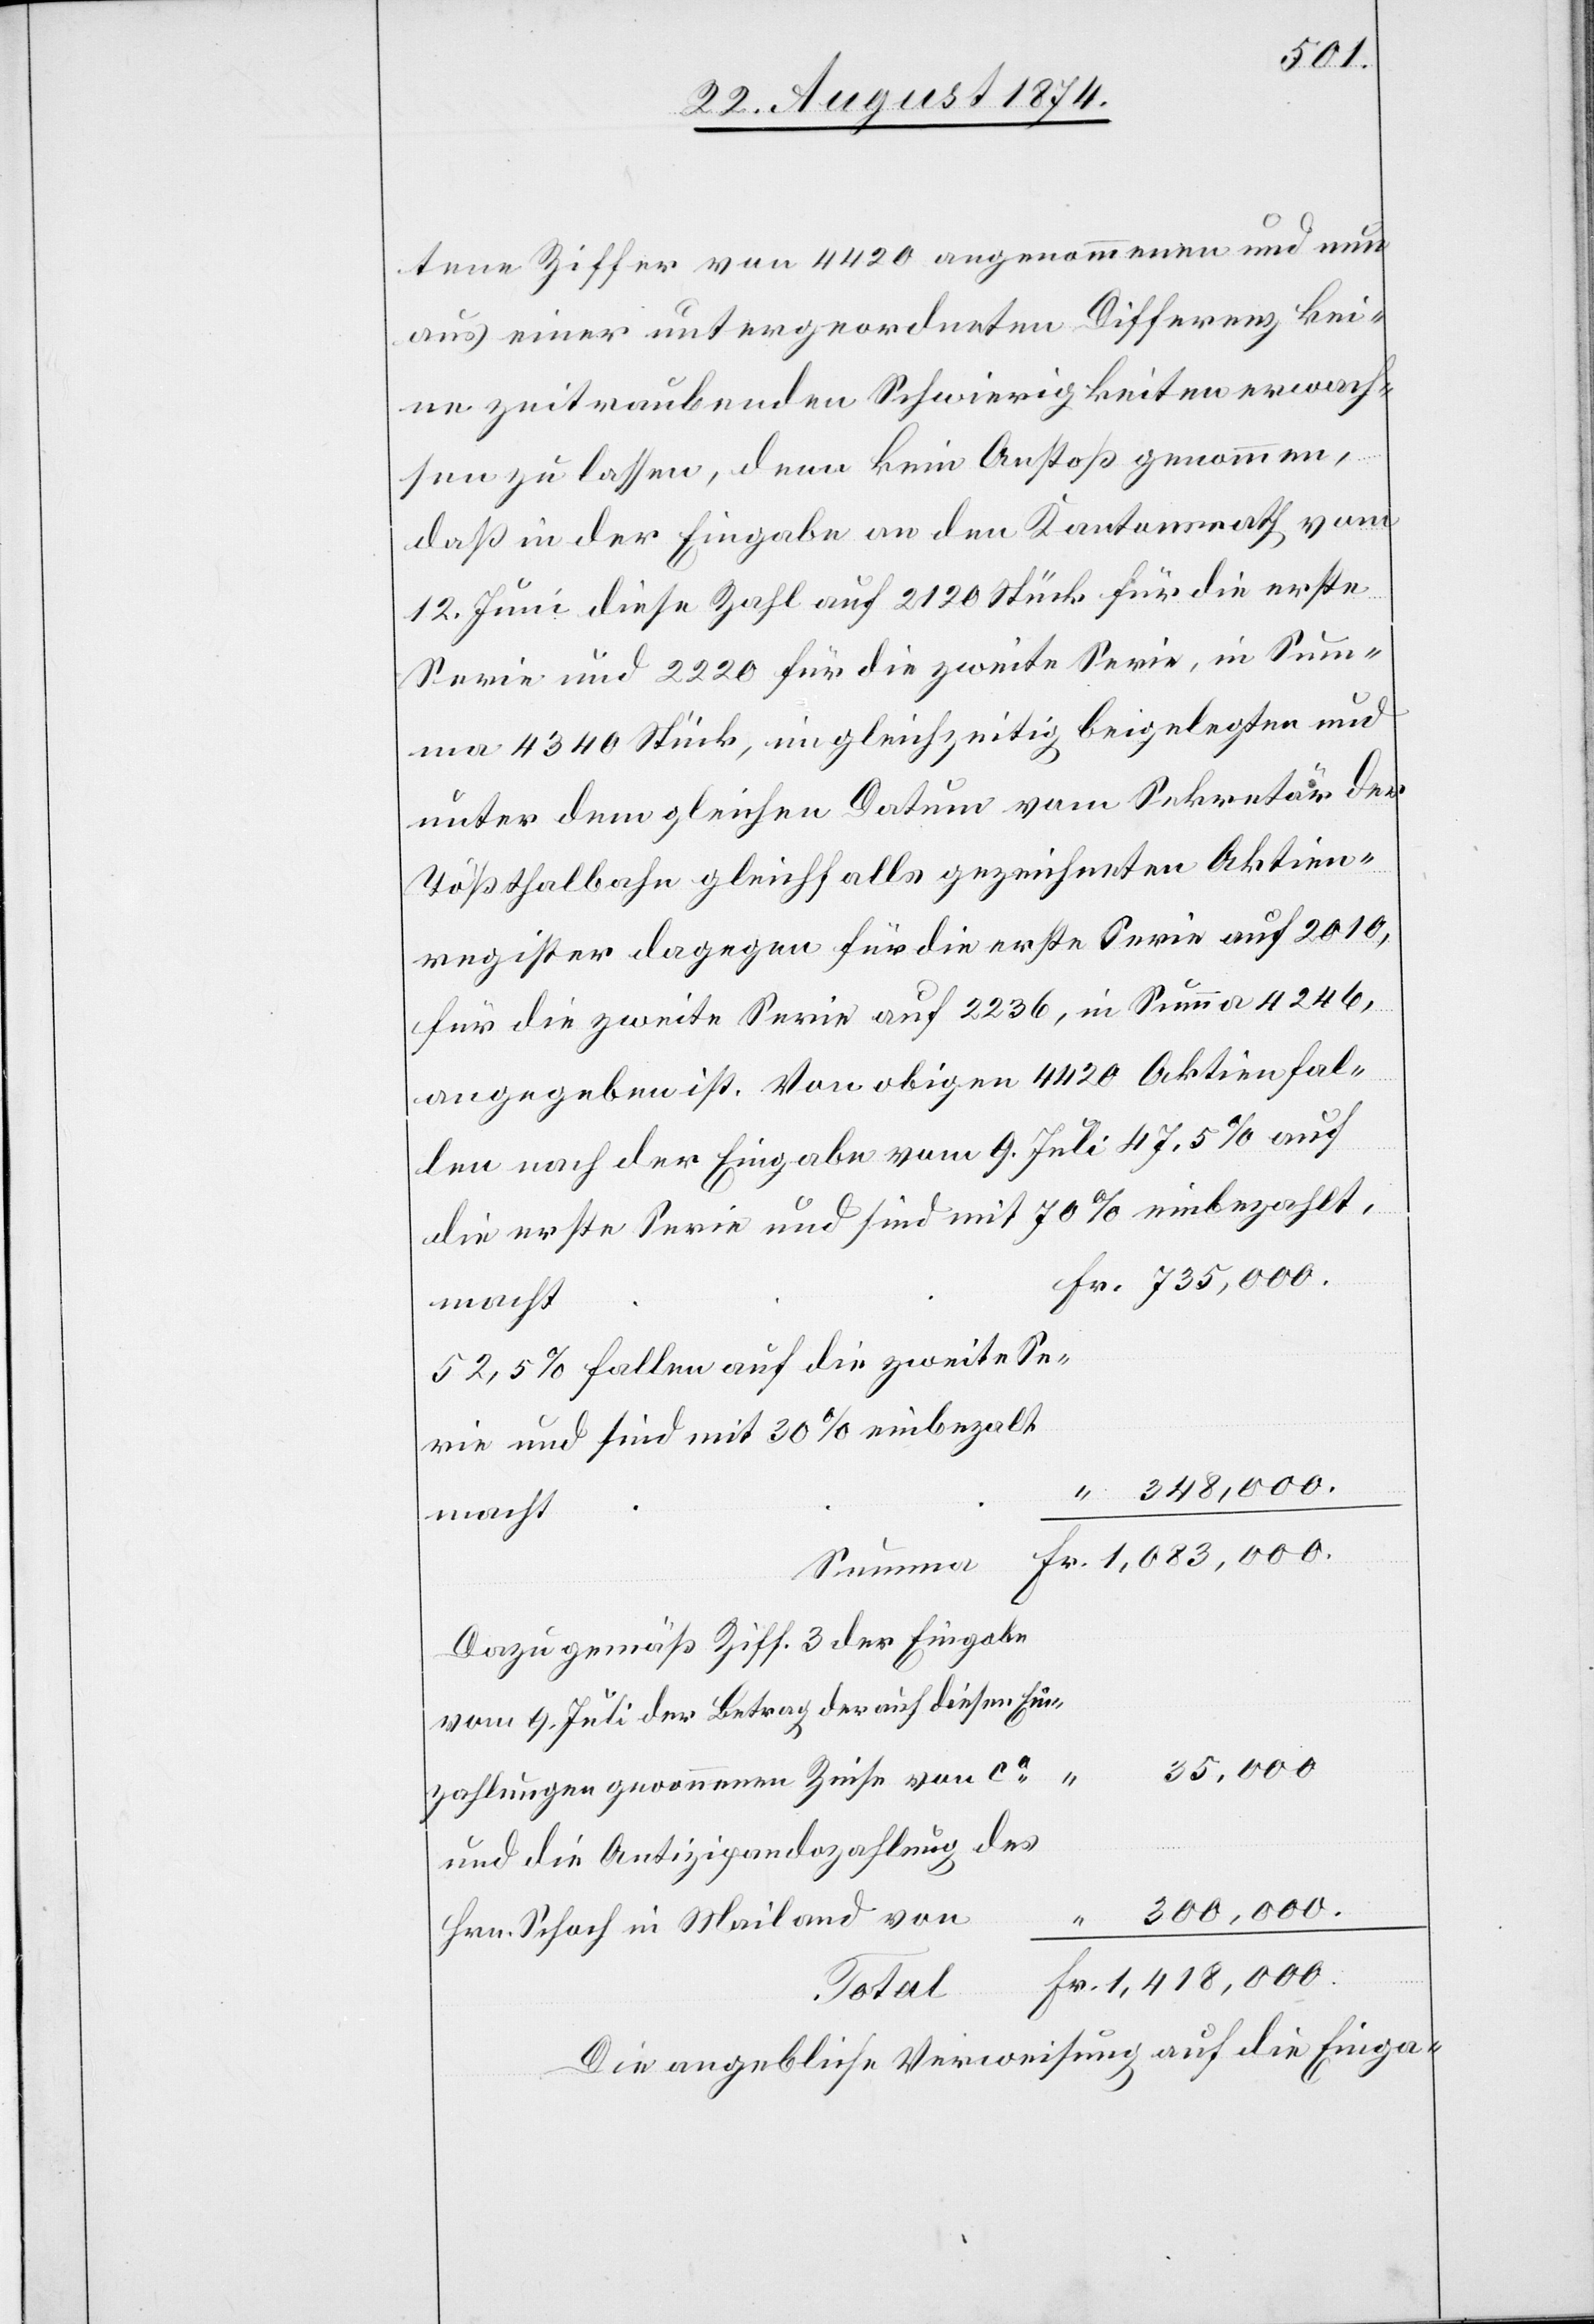
tene Ziffer von 4420 angenommen und nun
aus einer untergeordneten Differenz kei¬
ne zeitraubenden Schwierigkeiten erwach¬
sen zu lassen, denn kein Anstoß genommen,
daß in der Eingabe an den Kantonsrath vom
12. Juni diese Zahl auf 2120 Stück für die erste
Serie und 2220 für die zweite Serie, in Sum¬
ma 4340 Stück, im gleichzeitig beigelegten und
unter dem gleichen Datum vom Sekretär der
Tößthalbahn gleichfalls gezeichneten Aktien¬
register dagegen für die erste Serie auf 2010,
für die die zweite Serie auf 2236, in Summa 4246,
angegeben ist. Von obigen 4420 Aktien fal¬
len nach der Eingabe vom 9. Juli 47.5% auf
die erste Serie und sind mit 70% einbezahlt,
52,5% fallen auf die zweite Se¬
rie und sind mit 30% einbezalt[,]
1,418,000.
macht
Dazu gemäß Ziff. 3 der Eingabe
vom 9. Juli der Betrag der auf diesen Ein¬
300,000.
zahlungen gewonnenen Zinse von ca
und die Antizipandozahlung des
Hrn. Schoch in Mailand von
Fr.
Total
Die angebliche Verweisung auf die Einga-